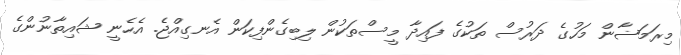
މިރަމަޟާން މަހުގެ ދަރުސް ތަކުގެ ފައިދާ މީސްތަކުން ލިބިގެންފިކަން އެނގިއްޖެ. އެހެނީ ޝައިތާނުންގެ